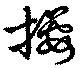
攖